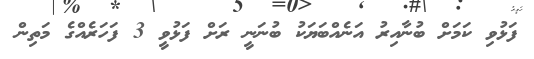
ފަޅުވި ކަމަށް ބުނާއިރު އަނެއްބަޔަކު ބުނަނީ ރަށް ފަޅުވީ 3 ފަހަރެއްގެ މަތިން